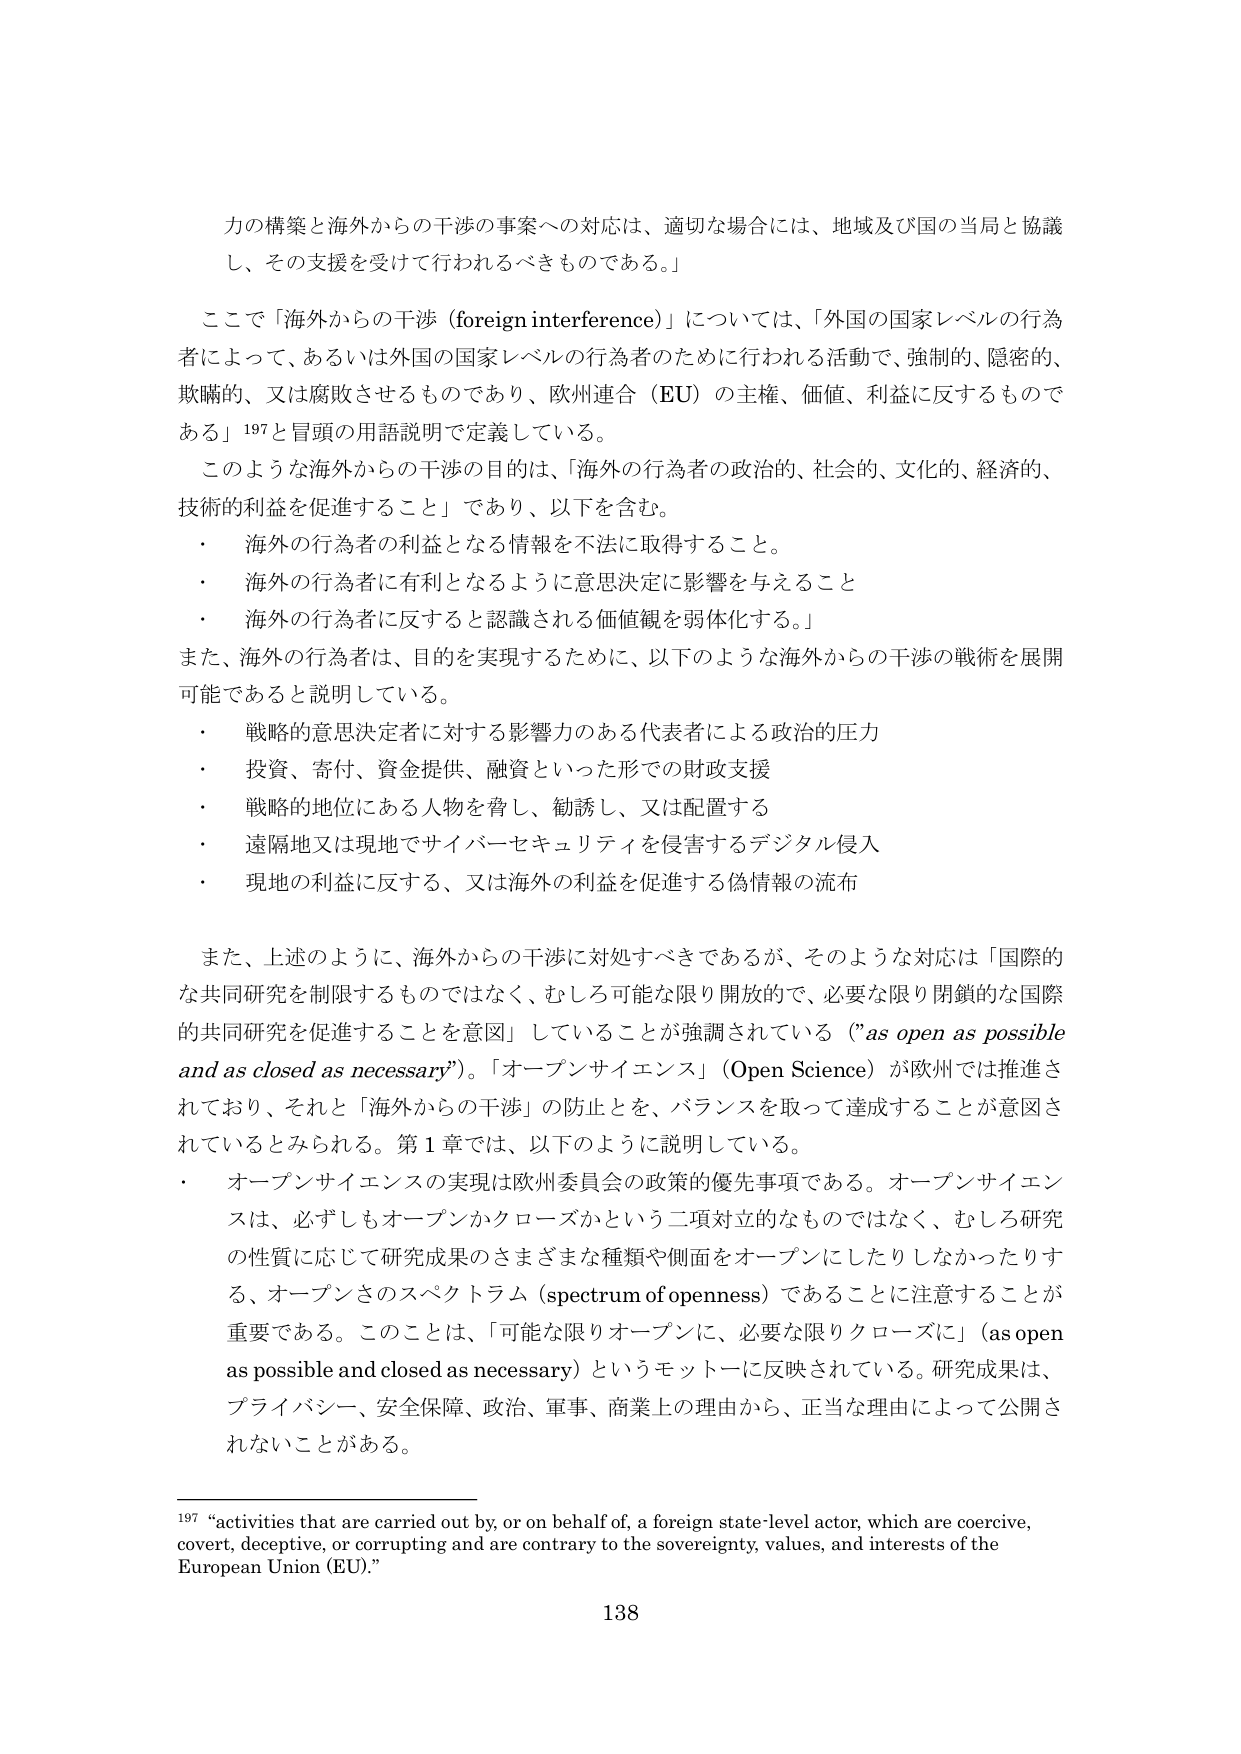
力の構築と海外からの干渉の事案への対応は、適切な場合には、地域及び国の当局と協議し、その支援を受けて行われるべきものである。」

ここで「海外からの干渉（foreign interference）」については、「外国の国家レベルの行為者によって、あるいは外国の国家レベルの行為者のために行われる活動で、強制的、隠密的、欺瞞的、又は腐敗させるものであり、欧州連合（EU）の主権、価値、利益に反するものである」197と冒頭の用語説明で定義している。

このような海外からの干渉の目的は、「海外の行為者の政治的、社会的、文化的、経済的、技術的利益を促進すること」であり、以下を含む。
・ 海外の行為者の利益となる情報を不法に取得すること。
・ 海外の行為者に有利となるように意思決定に影響を与えること
・ 海外の行為者に反すると認識される価値観を弱体化する。」

また、海外の行為者は、目的を実現するために、以下のような海外からの干渉の戦術を展開可能であると説明している。
・ 戦略的意思決定者に対する影響力のある代表者による政治的圧力
・ 投資、寄付、資金提供、融資といった形での財政支援
・ 戦略的地位にある人物を脅し、勧誘し、又は配置する
・ 遠隔地又は現地でサイバーセキュリティを侵害するデジタル侵入
・ 現地の利益に反する、又は海外の利益を促進する偽情報の流布

また、上述のように、海外からの干渉に対処すべきであるが、そのような対応は「国際的な共同研究を制限するものではなく、むしろ可能な限り開放的で、必要な限り閉鎖的な国際的共同研究を促進することを意図」していることが強調されている（"as open as possible and as closed as necessary"）。「オープンサイエンス」（Open Science）が欧州では推進されており、それと「海外からの干渉」の防止を、バランスを取って達成することが意図されているとみられる。第1章では、以下のように説明している。
・ オープンサイエンスの実現は欧州委員会の政策的優先事項である。オープンサイエンスは、必ずしもオープンかクローズかという二項対立的なものではなく、むしろ研究の性質に応じて研究成果のさまざまな種類や側面をオープンにしたりしなかったりする、オープンさのスペクトラム（spectrum of openness）であることに注意することが重要である。このことは、「可能な限りオープンに、必要な限りクローズに」（as open as possible and closed as necessary）というモットーに反映されている。研究成果は、プライバシー、安全保障、政治、軍事、商業上の理由から、正当な理由によって公開されないことがある。

197 “activities that are carried out by, or on behalf of, a foreign state-level actor, which are coercive, covert, deceptive, or corrupting and are contrary to the sovereignty, values, and interests of the European Union (EU).”

138